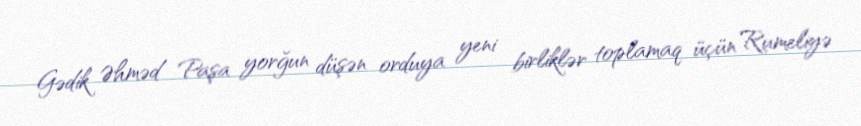
Gədik Əhməd Paşa yorğun düşən orduya yeni birliklər toplamaq üçün Rumeliyə